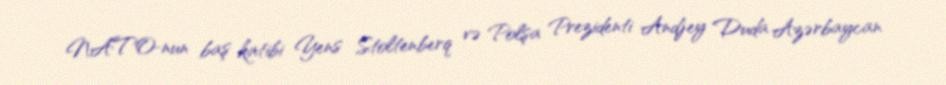
NATO-nun baş katibi Yens Stoltenberq və Polşa Prezidenti Andjey Duda Azərbaycan